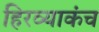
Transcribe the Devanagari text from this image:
हिरव्याकंच